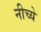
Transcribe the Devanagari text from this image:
नीच्ये